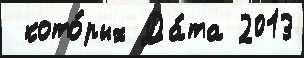
 кото́рых Да́та 2013